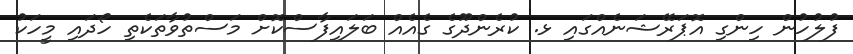
ފުލުހުން ހިންގި އޮޕަރޭޝަނެއްގައި ޅ. ކުރެންދޫގެ ގެއެއް ބަލައިފާސްކޮށް މަސްތުވާތަކެތި ހޯދައި މީހަކު